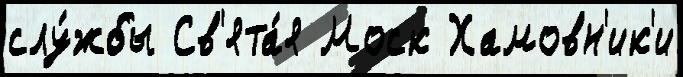
слу́жбы Св'ята́я Моск Хамовн'ик'и